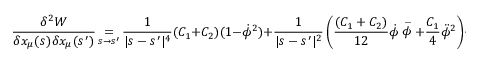
\frac { \delta ^ { 2 } W } { \delta x _ { \mu } ( s ) \delta x _ { \mu } ( s ^ { \prime } ) } \mathop { = } _ { s \to s ^ { \prime } } \frac { 1 } { | s - s ^ { \prime } | ^ { 4 } } ( C _ { 1 } + C _ { 2 } ) ( 1 - \dot { \phi } ^ { 2 } ) + \frac { 1 } { | s - s ^ { \prime } | ^ { 2 } } \left( \frac { ( C _ { 1 } + C _ { 2 } ) } { 1 2 } \dot { \phi } \stackrel { { \, . . . } } { \phi } + \frac { C _ { 1 } } { 4 } \ddot { \phi } ^ { 2 } \right) + O ( \phi ^ { 4 } ) \; .